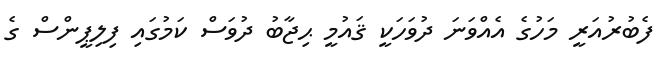
ފެބުރުއަރީ މަހުގެ އެއްވަނަ ދުވަހަކީ ޤައުމީ ޙިޖާބު ދުވަސް ކަމުގައި ފިލިޕީންސް ގެ